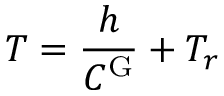
T = \frac { \displaystyle h } { \displaystyle C ^ { \mathrm { G } } } + T _ { r }